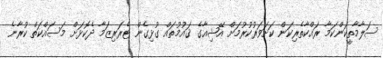
ސަލާމާތީކަންކަމާ ރައްކާތެރިކަން ކަށަވަރުކުރުމަށް އޭޝިއާގެ ޤައުމުތައް ގުޅިގެން ޓެރަރިޒަމާ ދެކޮޅަށް މަސައްކަތް ކުރާނެ